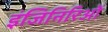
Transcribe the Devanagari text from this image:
इंजिनिरिओं